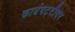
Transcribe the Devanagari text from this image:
कार्यपट्टीवर